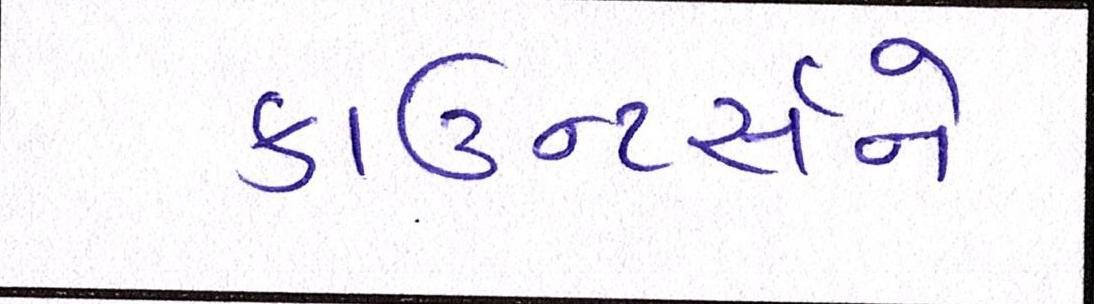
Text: કાઉન્ટર્સને